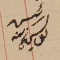
رئيس يوسف زينه